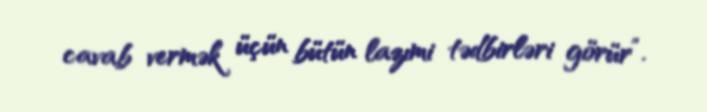
cavab vermək üçün bütün lazımi tədbirləri görür”.